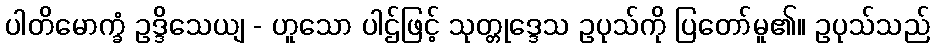
ပါတိမောက္ခံ ဥဒ္ဒိသေယျ - ဟူသော ပါဌ်ဖြင့် သုတ္တုဒ္ဒေသ ဥပုသ်ကို ပြတော်မူ၏။ ဥပုသ်သည်